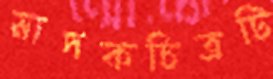
মাদকচিত্রটি